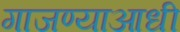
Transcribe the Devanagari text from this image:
गाजण्याआधी